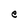
Character: e